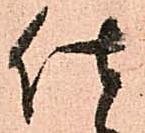
仕